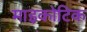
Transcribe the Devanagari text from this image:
माइकोटिक